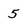
Character: 5